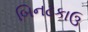
બિનટકાઉ